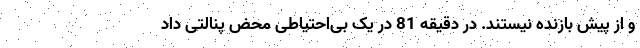
و از پیش بازنده نیستند. در دقیقه 81 در یک بی‌احتیاطی محض پنالتی داد